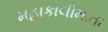
મહાકાલીમાતા